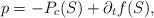
LaTeX: \begin{align*} p = -P_c(S) + \partial_t f(S), \end{align*}